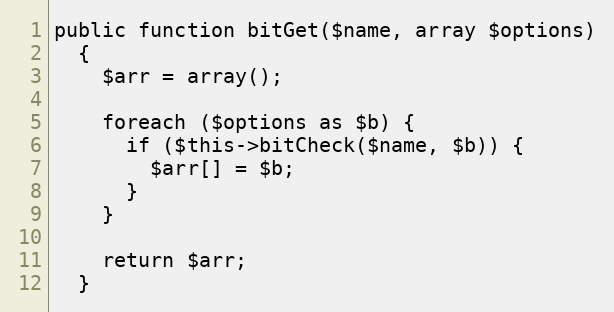
Language: PHP
public function bitGet($name, array $options)
  {
    $arr = array();

    foreach ($options as $b) {
      if ($this->bitCheck($name, $b)) {
        $arr[] = $b;
      }
    }

    return $arr;
  }